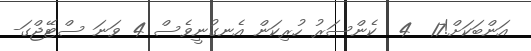
އަންބަކަށް!17  4  ކެންސަރު ހުރިކަން އެނގުނީވެސް 4 ވަނަ ސްޓޭޖްގަ-